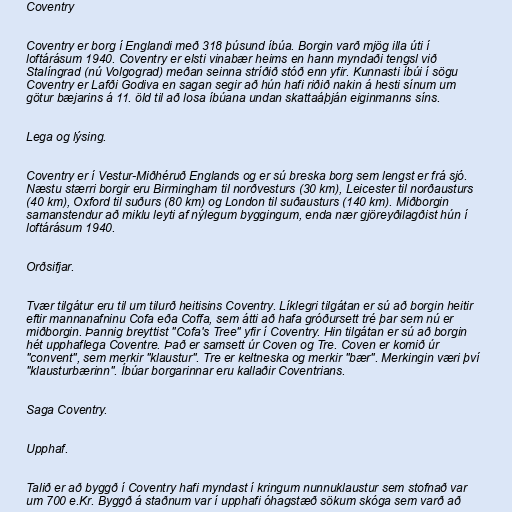
Coventry

Coventry er borg í Englandi með 318 þúsund íbúa. Borgin varð mjög illa úti í
loftárásum 1940. Coventry er elsti vinabær heims en hann myndaði tengsl við
Stalíngrad (nú Volgograd) meðan seinna stríðið stóð enn yfir. Kunnasti íbúi í sögu
Coventry er Lafði Godiva en sagan segir að hún hafi riðið nakin á hesti sínum um
götur bæjarins á 11. öld til að losa íbúana undan skattaáþján eiginmanns síns.

Lega og lýsing.

Coventry er í Vestur-Miðhéruð Englands og er sú breska borg sem lengst er frá sjó.
Næstu stærri borgir eru Birmingham til norðvesturs (30 km), Leicester til norðausturs
(40 km), Oxford til suðurs (80 km) og London til suðausturs (140 km). Miðborgin
samanstendur að miklu leyti af nýlegum byggingum, enda nær gjöreyðilagðist hún í
loftárásum 1940.

Orðsifjar.

Tvær tilgátur eru til um tilurð heitisins Coventry. Líklegri tilgátan er sú að borgin heitir
eftir mannanafninu Cofa eða Coffa, sem átti að hafa gróðursett tré þar sem nú er
miðborgin. Þannig breyttist "Cofa's Tree" yfir í Coventry. Hin tilgátan er sú að borgin
hét upphaflega Coventre. Það er samsett úr Coven og Tre. Coven er komið úr
"convent", sem merkir "klaustur". Tre er keltneska og merkir "bær". Merkingin væri því
"klausturbærinn". Íbúar borgarinnar eru kallaðir Coventrians.

Saga Coventry.

Upphaf.

Talið er að byggð í Coventry hafi myndast í kringum nunnuklaustur sem stofnað var
um 700 e.Kr. Byggð á staðnum var í upphafi óhagstæð sökum skóga sem varð að